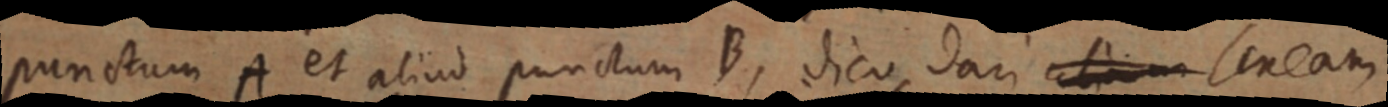
punctum A et aliud punctum B, dico dari _ lineam